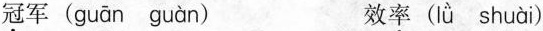
\underset{·}{冠} 军( guān guàn ) 效\underset{·}{率} ( Iǜ shuài )